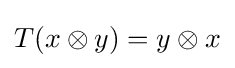
T(x\otimes y)=y\otimes x